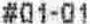
#01-01